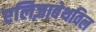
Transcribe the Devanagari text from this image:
एलिज़ाबेथविल